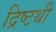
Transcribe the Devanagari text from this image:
द्रिष्टथी